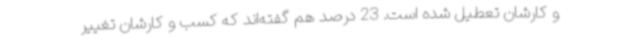
و کارشان تعطیل شده است. 23 درصد هم گفته‌اند که کسب و کارشان تغییر